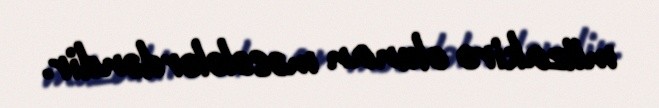
müzakirə olunan məsələlərdəndir.